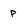
Character: p